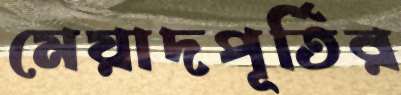
মেয়াদপূর্তির